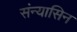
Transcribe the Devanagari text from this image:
संन्यासिन